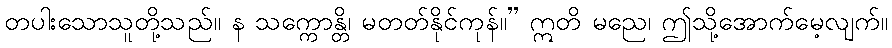
တပါးသောသူတို့သည်။ န သက္ကောန္တိ၊ မတတ်နိုင်ကုန်။” ဣတိ မညေ၊ ဤသို့အောက်မေ့လျက်။